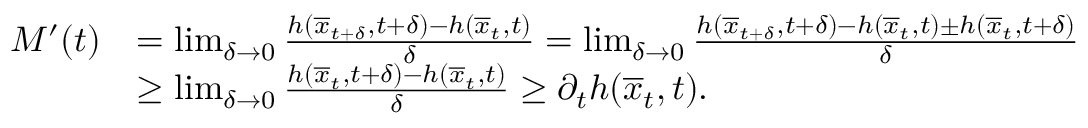
\begin{array} { r l } { M ^ { \prime } ( t ) } & { = \operatorname* { l i m } _ { \delta \rightarrow 0 } \frac { h ( \overline { { x } } _ { t + \delta } , t + \delta ) - h ( \overline { { x } } _ { t } , t ) } { \delta } = \operatorname* { l i m } _ { \delta \rightarrow 0 } \frac { h ( \overline { { x } } _ { t + \delta } , t + \delta ) - h ( \overline { { x } } _ { t } , t ) \pm h ( \overline { { x } } _ { t } , t + \delta ) } { \delta } } \\ & { \geq \operatorname* { l i m } _ { \delta \rightarrow 0 } \frac { h ( \overline { { x } } _ { t } , t + \delta ) - h ( \overline { { x } } _ { t } , t ) } { \delta } \geq \partial _ { t } h ( \overline { { x } } _ { t } , t ) . } \end{array}